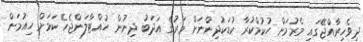
ދިވެހިރާއްޖޭގައި މެރުމަށް ހުކުމްކުރާ ކުޑަކުދިންނަށް މަރުގެ އަދަބު ދިނުން ހުއްޓާލަންޖެހޭ ކަމަށް ހިއުމަން